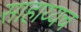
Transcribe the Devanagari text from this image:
साहाय्यच